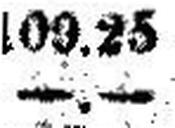
—.—